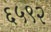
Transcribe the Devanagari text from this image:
६५९२